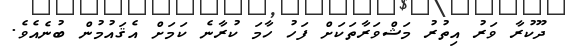
ދޫކުރާ ވަރު އިތުރު މަޝްވަރާތަކަށް ފަހު ހާމަ ކުރާނެ ކަމަށް އެޤައުމުން ބުނެއެވެ.